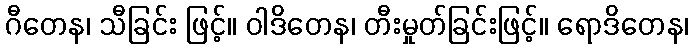
ဂီတေန၊ သီခြင်း ဖြင့်။ ဝါဒိတေန၊ တီးမှုတ်ခြင်းဖြင့်။ ရောဒိတေန၊